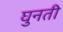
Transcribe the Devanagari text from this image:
घुनती